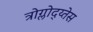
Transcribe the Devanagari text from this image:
त्रोग्लोद्य्तेस